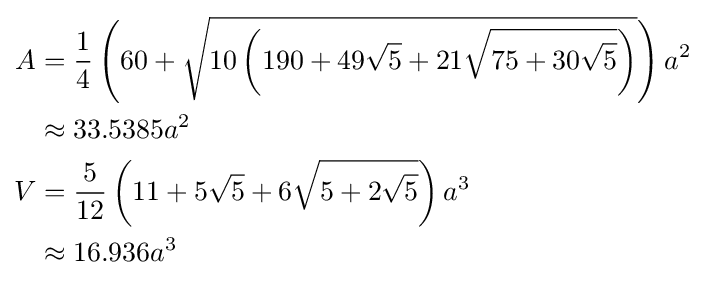
{\begin{aligned}A&={\frac {1}{4}}\left(60+{\sqrt {10\left(190+49{\sqrt {5}}+21{\sqrt {75+30{\sqrt {5}}}}\right)}}\right)a^{2}\\&\approx 33.5385a^{2}\\V&={\frac {5}{12}}\left(11+5{\sqrt {5}}+6{\sqrt {5+2{\sqrt {5}}}}\right)a^{3}\\&\approx 16.936a^{3}\end{aligned}}